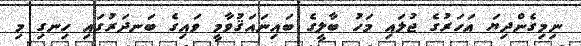
ނިމިގެންދިޔަ އަހަރުގެ ޖުލައި މަހު ބާލީގެ ބައިނައަޤުވާމީ ވައިގެ ބަނދަރުގައި ހިނގި މި